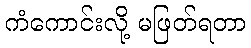
ကံကောင်းလို့ မဖြတ်ရတာ